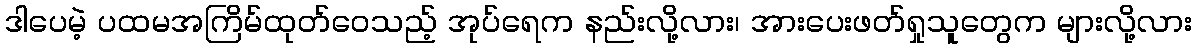
ဒါပေမဲ့ ပထမအကြိမ်ထုတ်ဝေသည့် အုပ်ရေက နည်းလို့လား၊ အားပေးဖတ်ရှုသူတွေက များလို့လား